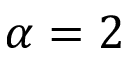
\alpha = 2